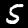
Label: 5